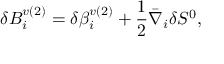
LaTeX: \delta B _ { i } ^ { v ( 2 ) } = \delta \beta _ { i } ^ { v ( 2 ) } + \frac { 1 } { 2 } \bar { \nabla } _ { i } \delta S ^ { 0 } ,